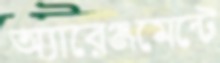
অ্যারেঞ্জমেন্টে